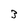
Character: 3